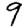
Digit: 9